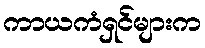
ကာယကံရှင်များက